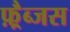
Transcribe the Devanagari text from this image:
फ़्रैब्जस